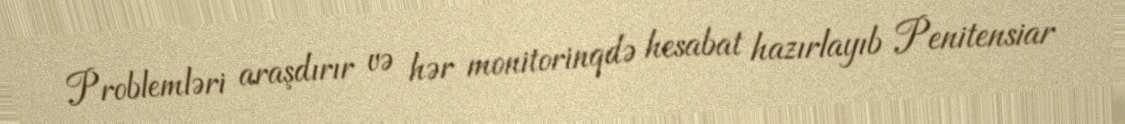
Problemləri araşdırır və hər monitorinqdə hesabat hazırlayıb Penitensiar